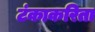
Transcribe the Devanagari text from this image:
टंकाकरिता